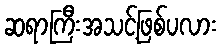
ဆရာကြီးအသင့်ဖြစ်ပလား